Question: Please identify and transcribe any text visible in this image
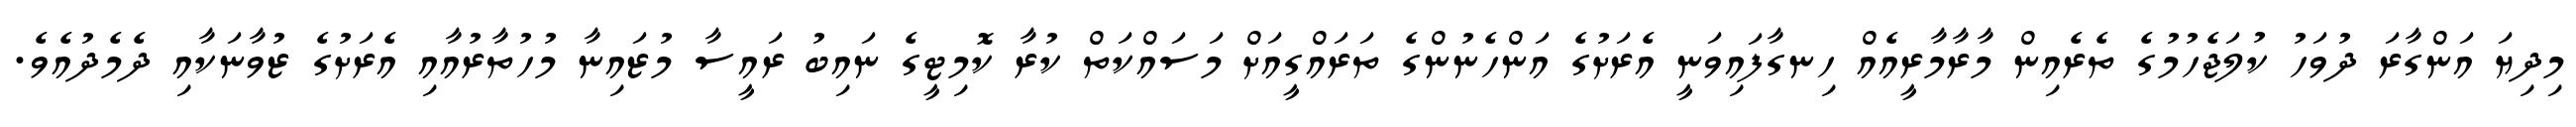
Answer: މިދިޔަ އަންގާރަ ދުވަހު ކުލަޖެހުމުގެ ތެރެއިން މާރާމާރީއެއް ހިނގާފައިވަނީ އެރަށުގެ އަންހެނުންގެ ތަރައްގީއަށް މަސައްކަތް ކުރާ ކޮމިޓީގެ ނައިބު ރައީސާ މުޒައިނާ މުހުތާރުއާއި އެރަށުގެ ޒުވާނަކާއި ދެމެދުއެވެ.